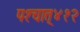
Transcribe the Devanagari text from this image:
पश्‍चात्‌४१२